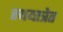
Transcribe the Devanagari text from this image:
रथयात्रेत